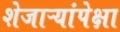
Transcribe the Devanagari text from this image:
शेजाऱ्यांपेक्षा